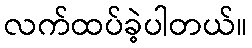
လက်ထပ်ခဲ့ပါတယ်။